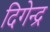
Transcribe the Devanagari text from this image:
दिगेन्द्र